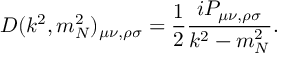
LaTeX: D ( k ^ { 2 } , m _ { N } ^ { 2 } ) _ { \mu \nu , \rho \sigma } = \frac { 1 } { 2 } \frac { i P _ { \mu \nu , \rho \sigma } } { k ^ { 2 } - m _ { N } ^ { 2 } } .